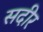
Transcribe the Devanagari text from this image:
सदीर